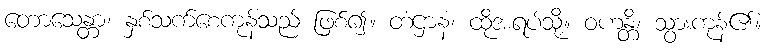
တောသေန္တာ၊ နှစ်သက်စေကုန်သည် ဖြစ်၍။ တံဌာနံ၊ ထိုအရပ်သို့။ ဝဟန္တိ၊ သွားကုန်၏။